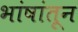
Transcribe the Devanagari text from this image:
भांषांतून